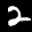
Label: 2